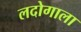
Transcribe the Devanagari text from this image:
लदोगाला